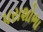
પરાશોભા